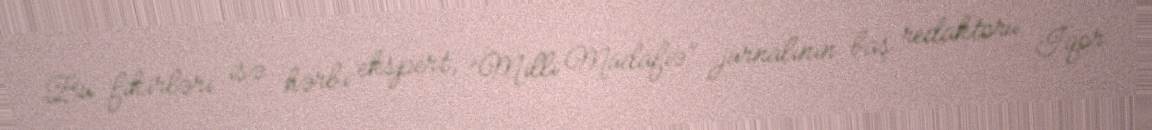
Bu fikirləri isə hərbi ekspert, “Milli Müdafiə” jurnalının baş redaktoru İqor